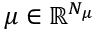
\mu \in \mathbb { R } ^ { N _ { \mu } }